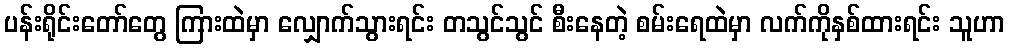
ပန်းရိုင်းတော်တွေ ကြားထဲမှာ လျှောက်သွားရင်း တသွင်သွင် စီးနေတဲ့ စမ်းရေထဲမှာ လက်ကိုနှစ်ထားရင်း သူဟာ